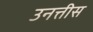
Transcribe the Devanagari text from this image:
उनत्तीस